Annual report of the Civil Veterinary Department, Bengal, for the year 1896-97 - 1896-1897
Year: 1896
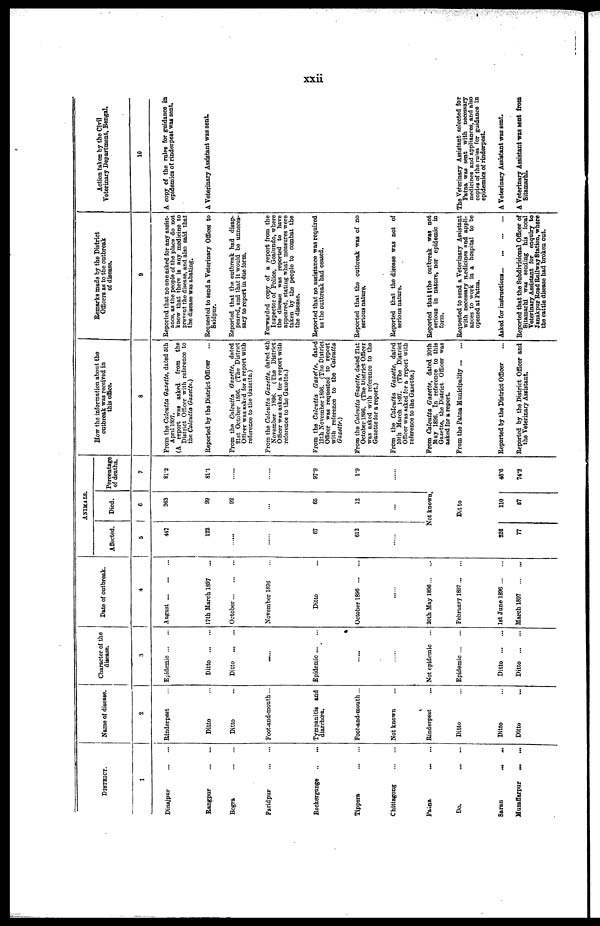
xxii
DISTRICT.
1
Dinajpnr
...
...
Rangpur
...
...
Bogra
...
...
Faridpur
...
...
Backergunge
...
...
Tippera
...
...
Chittagong
...
...
Patna
...
...
Do.
...
...
Saran
...
...
Muzaffarpur
...
...
Name of disease.
2
Rinderpest ...
Ditto ... ...
Ditto ... ...
Foot-and-mouth...
Tympanitis and
diarrhœa,
Foot-and-mouth ...
Not known ...
Rinderpest ...
Ditto ...
Ditto ...
Ditto ...
I
1
Character of the
disease.
3
Epidemic ... ...
Ditto
...
...
Ditto ... ...
......
Epidemic ... ...
......
......
Not epidemic ...
Epidemic ... ...
Ditto
...
...
Ditto
...
...
Date of outbreak.
4
August ... ... ...
17th March 1897
October ... ... ...
November 1896 ...
Ditto ...
October 1896 ... ...
......
20th May 1896 ... ....
February 1897 ... ...
1st June 1896 ... ...
March 1897 ...
ANIMALS
Affected.
5
447
122
......
......
67
612
......
Died.
6
363
99
92
...
65
12
...
Not known.
228
77
Ditto
110
67
Percentage
of deaths.
7
81.2
81.1
.......
.....
97.9
1.9
.....
48.6
74.2
How the information about the
outbreak was received in
this office.
8
From the Calcutta Gazette, dated 5th
April 1897.
(A report was asked from the
District Officer with reference to
the Calcutta Gazette.)
Reported by the District Officer
From the Calcutta Gazette, dated
21st October 1S96. (The District
Officer was asked for a report with
reference to the Gazette.)
From the Calcutta Gazette, dated 4th
November 1896. (The District
Officer was asked for a report with
reference to the Gazette.)
From the Calcutta Gazette, dated
12th November 1896. (The District
Officer was requested to report
with reference to the Calcutta
Gazette.)
From the Calcutta Gazette, dated 21st
October 1896. (The District Officer
was asked with reference to the
Gazette for a report.)
From the Calcutta Gazette, dated
10th March 1897. (The District
Officer was asked for a report with
reference to the Gazette.)
From Calcutta Gazette, dated 20th
May 1896. In reference to this
Gazette, the District Officer was
asked for a report.
From the Patna Municipality ... ...
Reported by the District Officer
Reported by the District Officer and
the Veterinary Assistant.
Remarks made by the District
Officers as to the outbreak
of disease.
9
Reported that no one asked for any assist-
ance, as the people of the place do not
know that there is any medicine to
prevent the disease, and also said that
the disease was abating.
Requested to send a Veterinary Officer to
Saidpur.
Reported that the outbreak had disap-
peared, and that it would be unneces-
sary to report in due form.
Forwarded copy of a report from the
Inspector of Police, Goalundo, where
the disease was reported to have
appeared, stating what measures were
taken by the people to combat the
the disease.
Reported that no assistance was required
as the outbreak had ceased.
Reported that the outbreak was of no
serious nature.
Reported that the disease was not of
serious nature.
Reported that the outbreak was not
serious in nature, nor epidemic in
form.
Requested to send a Veterinary Assistant
with necessary medicines and appli-
ances to work in a hospital to be
opened at Patna.
Asked for instructions ... ... ... ...
Reported that the Subdivisional Officer of
Sitamarhi was sending his local
Veterinary Assistant for enquiry to
Janakpur Road Railway Station, where
the cattle disease had broken out.
Action taken by the Civil
Veterinary Department, Bengal,
10
A copy of the rules for guidance in
epidemics of rinderpest was sent.
A Veterinary Assistant was sent.
The Veterinary Assistant selected for
Patna was sent with necessary
medicines and appliances, and also
copies of the rules for guidance in
epidemics of rinderpest.
A Veterinary Assistant was sent.
A Veterinary Assistant was sent from
Sitamarhi.